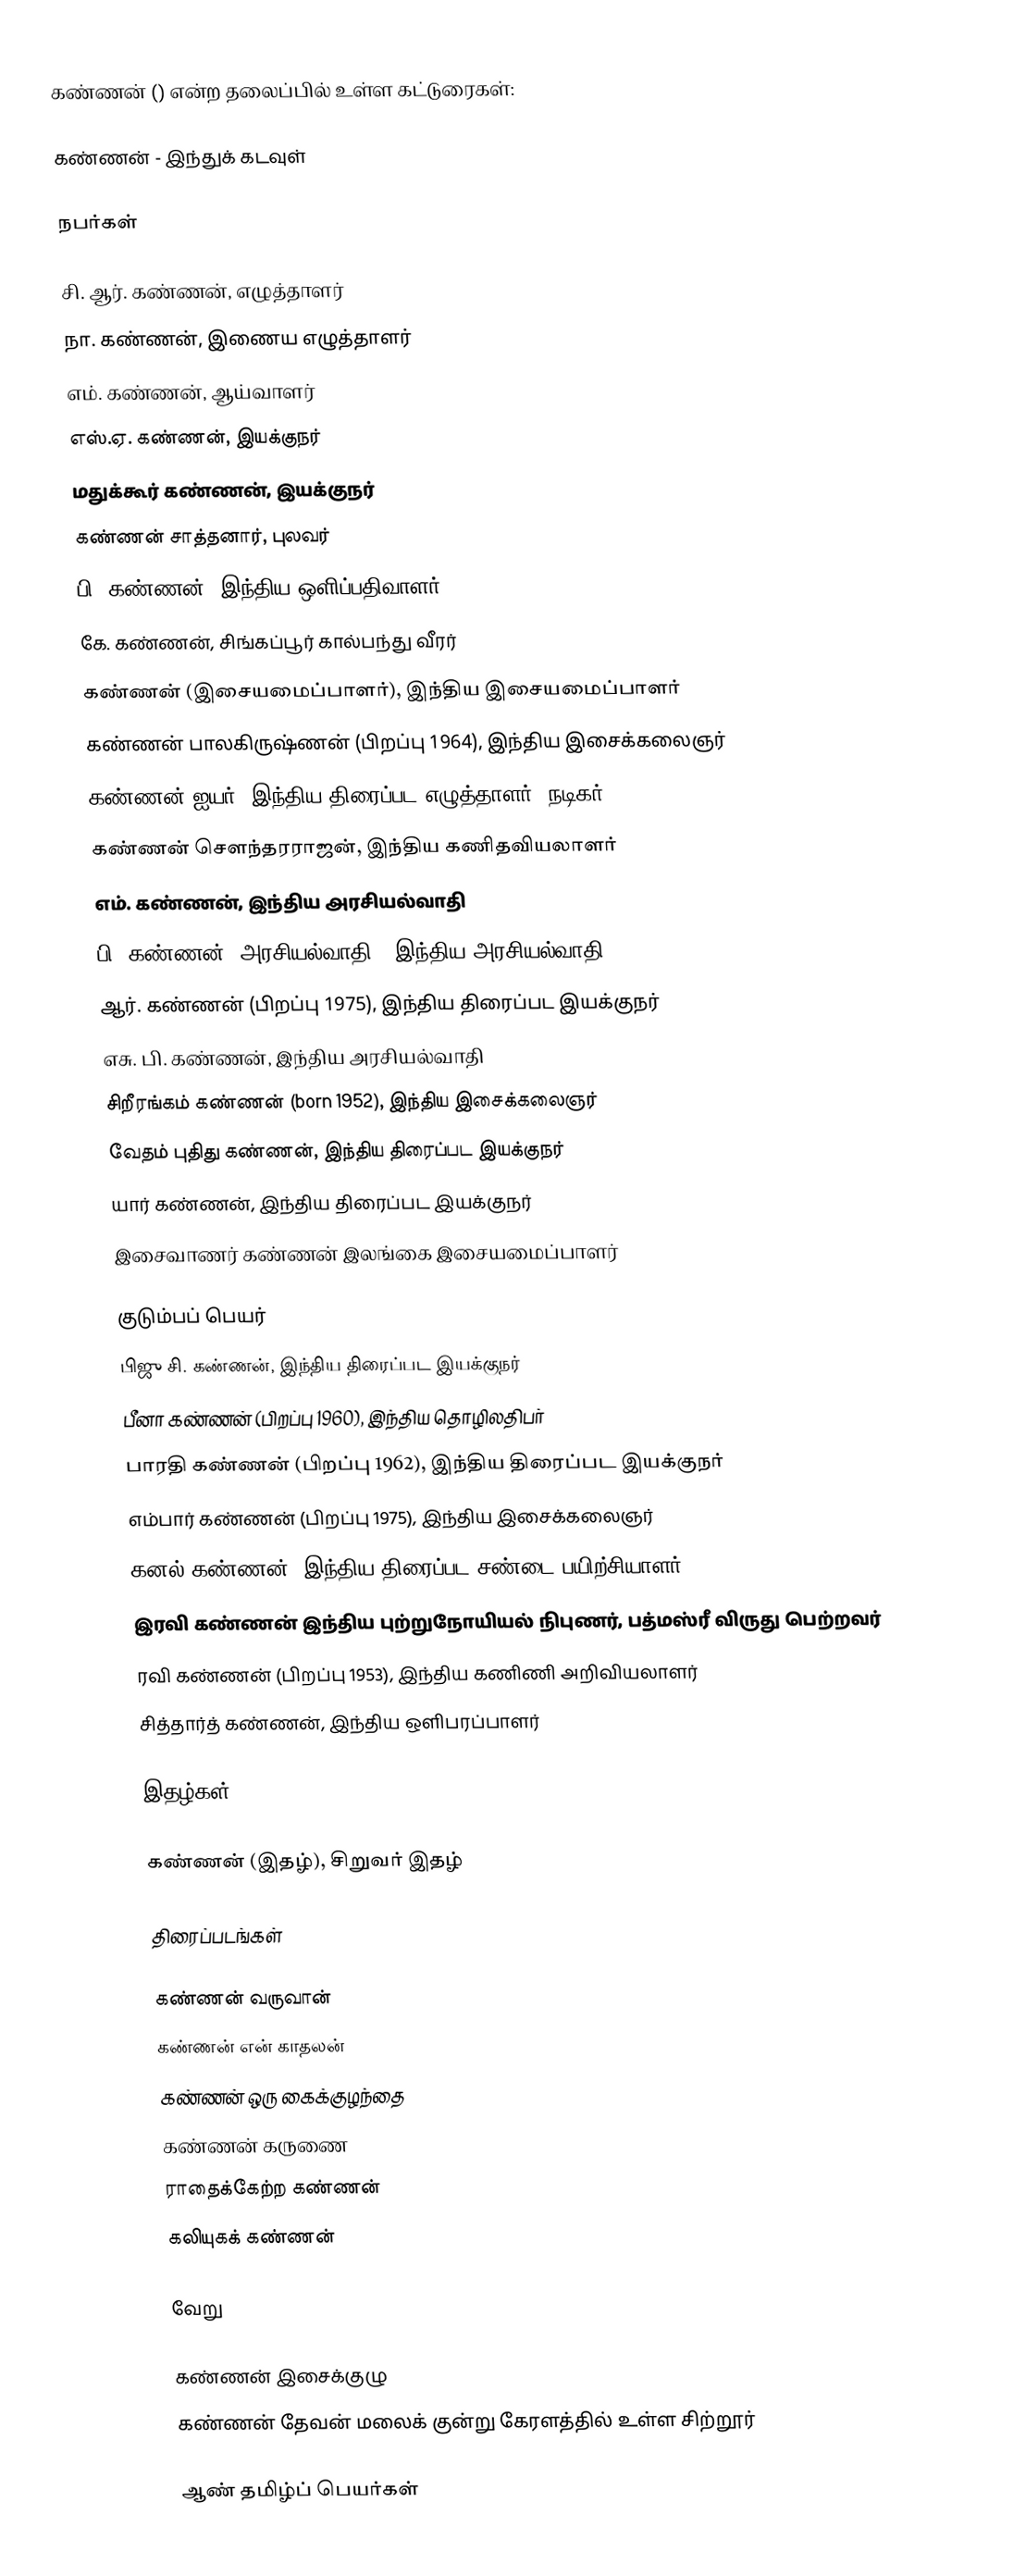
கண்ணன் () என்ற தலைப்பில் உள்ள கட்டுரைகள்:

 கண்ணன் - இந்துக் கடவுள்

நபர்கள்

 சி. ஆர். கண்ணன், எழுத்தாளர்
 நா. கண்ணன், இணைய எழுத்தாளர்
 எம். கண்ணன், ஆய்வாளர்
 எஸ்.ஏ. கண்ணன், இயக்குநர்
 மதுக்கூர் கண்ணன், இயக்குநர்
 கண்ணன் சாத்தனார், புலவர்
 பி. கண்ணன், இந்திய ஒளிப்பதிவாளர்
 கே. கண்ணன், சிங்கப்பூர் கால்பந்து வீரர்
 கண்ணன் (இசையமைப்பாளர்), இந்திய இசையமைப்பாளர்
 கண்ணன் பாலகிருஷ்ணன் (பிறப்பு 1964), இந்திய இசைக்கலைஞர்
 கண்ணன் ஐயர், இந்திய திரைப்பட எழுத்தாளர், நடிகர்
 கண்ணன் சௌந்தரராஜன், இந்திய கணிதவியலாளர்
 எம். கண்ணன், இந்திய அரசியல்வாதி
 பி. கண்ணன் (அரசியல்வாதி), இந்திய அரசியல்வாதி
 ஆர். கண்ணன் (பிறப்பு 1975), இந்திய திரைப்பட இயக்குநர்
 எசு. பி. கண்ணன், இந்திய அரசியல்வாதி
 சிறீரங்கம் கண்ணன் (born 1952), இந்திய இசைக்கலைஞர்
 வேதம் புதிது கண்ணன், இந்திய திரைப்பட இயக்குநர்
 யார் கண்ணன், இந்திய திரைப்பட இயக்குநர்
 இசைவாணர் கண்ணன் இலங்கை இசையமைப்பாளர்

குடும்பப் பெயர்
 பிஜு சி. கண்ணன், இந்திய திரைப்பட இயக்குநர்
 பீனா கண்ணன் (பிறப்பு 1960), இந்திய தொழிலதிபர்
 பாரதி கண்ணன் (பிறப்பு 1962), இந்திய திரைப்பட இயக்குநர்
 எம்பார் கண்ணன் (பிறப்பு 1975), இந்திய இசைக்கலைஞர்
 கனல் கண்ணன், இந்திய திரைப்பட சண்டை பயிற்சியாளர்
 இரவி கண்ணன் இந்திய புற்றுநோயியல் நிபுணர், பத்மஸ்ரீ விருது பெற்றவர்
 ரவி கண்ணன் (பிறப்பு 1953), இந்திய கணிணி அறிவியலாளர்
 சித்தார்த் கண்ணன், இந்திய ஒளிபரப்பாளர்

இதழ்கள்

 கண்ணன் (இதழ்), சிறுவர் இதழ்

திரைப்படங்கள்

 கண்ணன் வருவான்
 கண்ணன் என் காதலன்
 கண்ணன் ஒரு கைக்குழந்தை
 கண்ணன் கருணை
 ராதைக்கேற்ற கண்ணன்
 கலியுகக் கண்ணன்

வேறு

 கண்ணன் இசைக்குழு
 கண்ணன் தேவன் மலைக் குன்று கேரளத்தில் உள்ள சிற்றூர்

ஆண் தமிழ்ப் பெயர்கள்